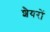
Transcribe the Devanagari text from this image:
शैयरों